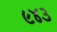
૯૪૩